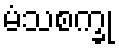
မံသစက္ခု